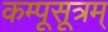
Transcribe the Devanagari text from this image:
कम्पूसूत्रम्